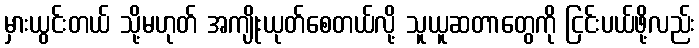
မှားယွင်းတယ် သို့မဟုတ် အကျိုးယုတ်စေတယ်လို့ သူယူဆတာတွေကို ငြင်းပယ်ဖို့လည်း